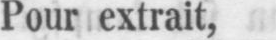
Pour extrait,